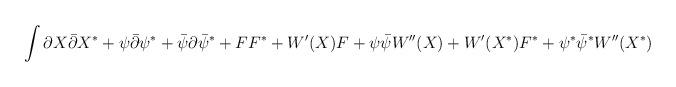
LaTeX: \begin{align*}\int{\partial X \bar \partial X^{\ast} + \psi \bar \partial \psi^{\ast} +\bar{\psi}\partial\bar{\psi}^{\ast} + FF^{\ast} + W'(X)F +\psi\bar{\psi}W''(X) + W'(X^{\ast})F^{\ast} +\psi^{\ast}\bar{\psi}^{\ast}W''(X^{\ast})}\end{align*}